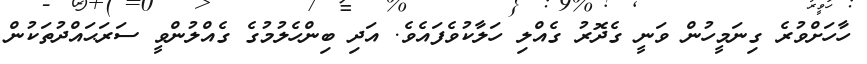
ހާހަށްވުރެ ގިނަމީހުން ވަނީ ގެދޮރު ގެއްލި ހަލާކުވެފައެވެ. އަދި ބިންހެލުމުގެ ގެއްލުންވީ ސަރަޙައްދުތަކުން